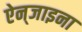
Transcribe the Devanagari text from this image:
ऐन्‌जाइना